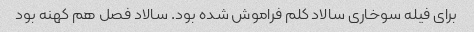
برای فیله سوخاری سالاد کلم فراموش شده بود. سالاد فصل هم کهنه بود